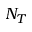
N _ { T }